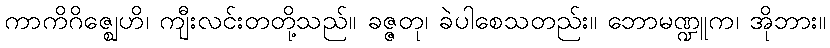
ကာကိဂိဇ္ဈေဟိ၊ ကျီးလင်းတတို့သည်။ ခဇ္ဇတု၊ ခဲပါစေသတည်း။ ဘောမဏ္ဍူက၊ အိုဘား။